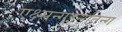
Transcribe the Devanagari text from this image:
एक्ष्सन्गुइनतिन्ग